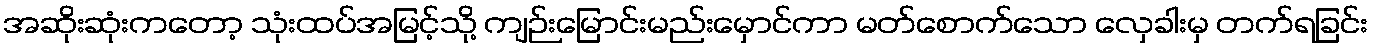
အဆိုးဆုံးကတော့ သုံးထပ်အမြင့်သို့ ကျဉ်းမြောင်းမည်းမှောင်ကာ မတ်စောက်သော လှေခါးမှ တက်ရခြင်း